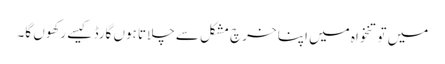
میں تو تنخواہ میں اپنا خرچ مشکل سے چلاتا ہوں گارڈ کیسے رکھوں گا۔